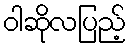
ဝါဆိုလပြည့်